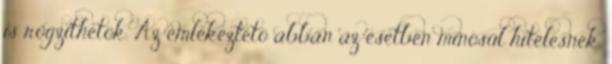
is rögzíthetõk. Az emlékeztetõ abban az esetben minõsül hitelesnek,